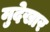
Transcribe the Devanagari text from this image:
मुदेखार